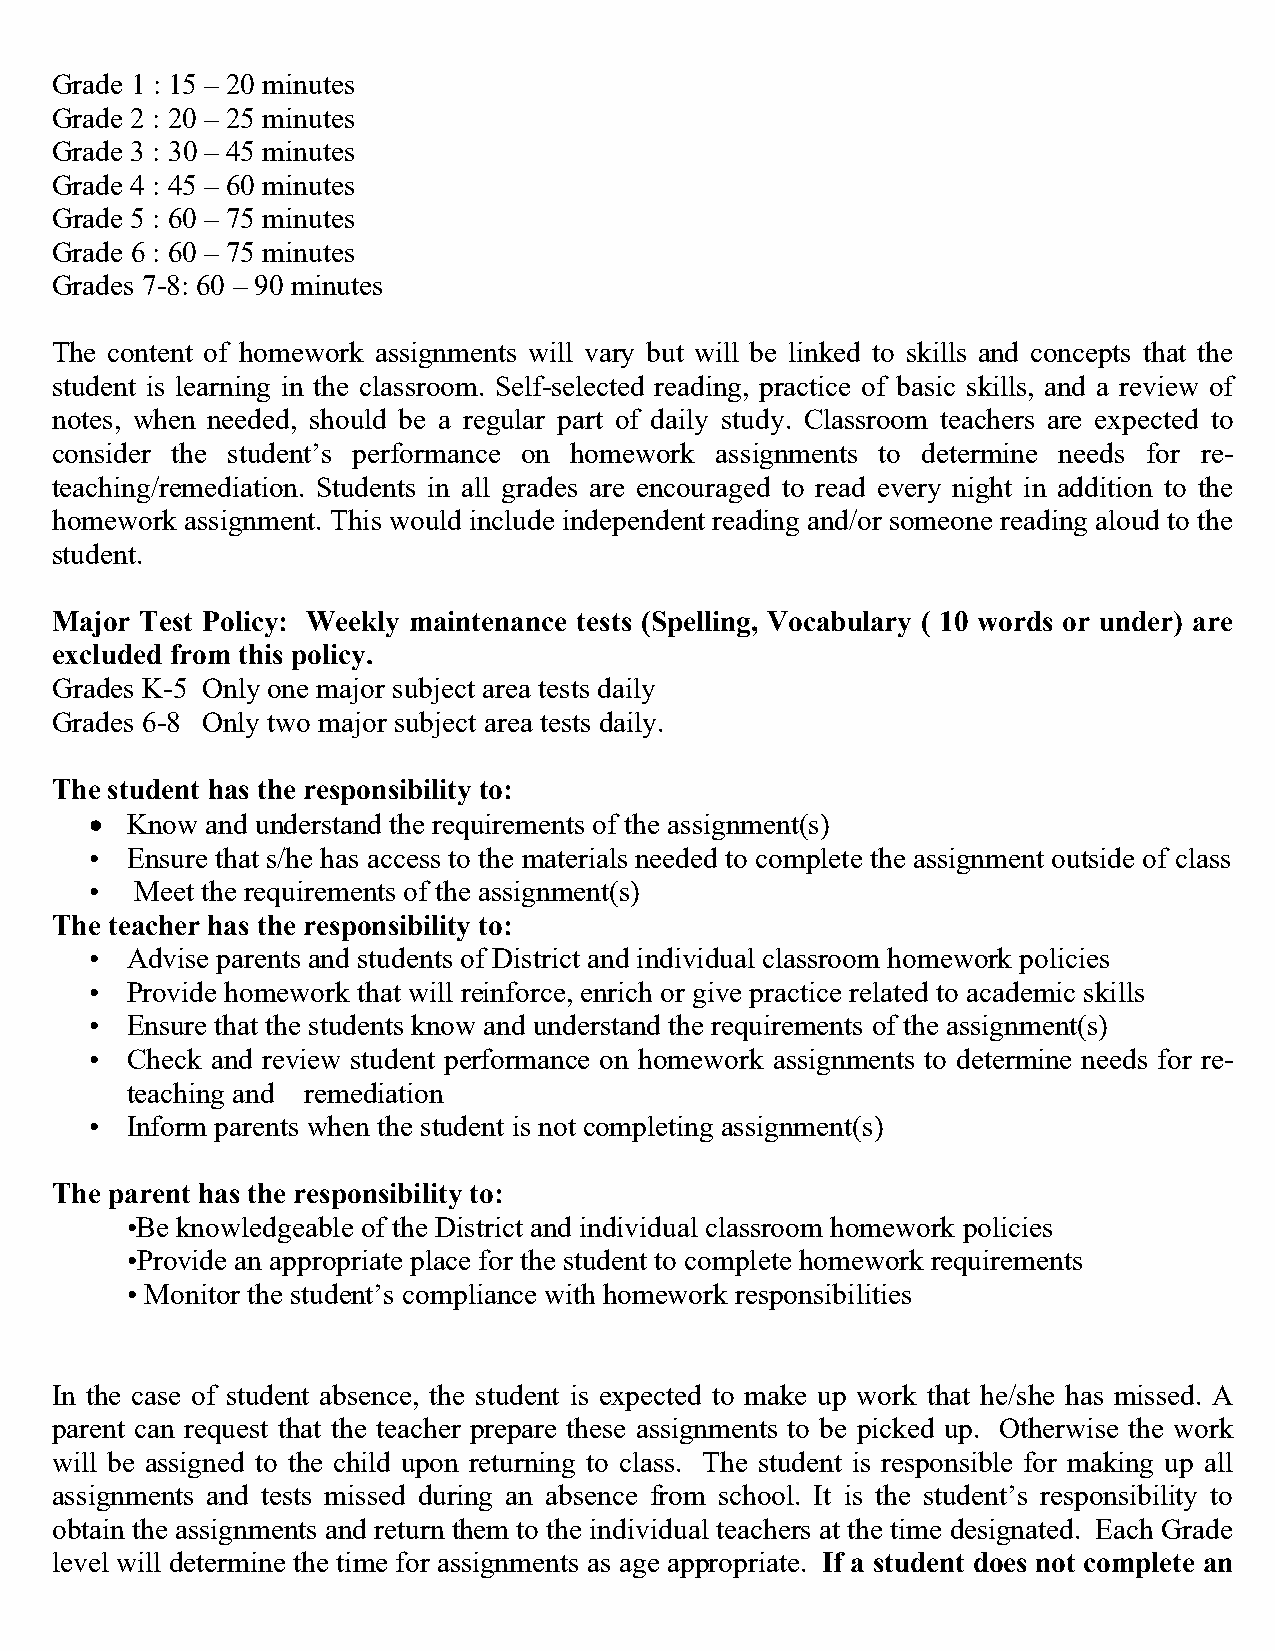
Grade 1 : 15 – 20 minutes
 Grade 2 : 20 – 25 minutes
 Grade 3 : 30 – 45 minutes
 Grade 4 : 45 – 60 minutes
 Grade 5 : 60 – 75 minutes
 Grade 6 : 60 – 75 minutes
 Grades 7-8: 60 – 90 minutes
 The content of homework assignments will vary but will be linked to skills and concepts that the
 student is learning in the classroom. Self-selected reading, practice of basic skills, and a review of
 notes, when needed, should be a regular part of daily study. Classroom teachers are expected to
 consider the student’s performance on homework assignments to determine needs for re-
 teaching/remediation. Students in all grades are encouraged to read every night in addition to the
 homework assignment. This would include independent reading and/or someone reading aloud to the
 student.
 Major Test Policy: Weekly maintenance tests (Spelling, Vocabulary ( 10 words or under) are
 excluded from this policy.
 Grades K-5 Only one major subject area tests daily
 Grades 6-8 Only two major subject area tests daily.
 The student has the responsibility to:
 • Know  and understand the requirements of the assignment(s)
 • Ensure that s/he has access to the materials needed to complete the assignment outside of class
 •  Meet the requirements of the assignment(s)
 The teacher has the responsibility to:
 • Advise parents and students of District and individual classroom homework policies
 • Provide homework that will reinforce, enrich or give practice related to academic skills
 • Ensure that the students know and understand the requirements of the assignment(s)
 • Check and review student performance on homework assignments to determine needs for re-
 teaching and remediation
 • Inform parents when the student is not completing assignment(s)
 The parent has the responsibility to:
 •Be knowledgeable of the District and individual classroom homework policies
 •Provide an appropriate place for the student to complete homework requirements
 • Monitor the student’s compliance with homework responsibilities
 In the case of student absence, the student is expected to make up work that he/she has missed. A
 parent can request that the teacher prepare these assignments to be picked up. Otherwise the work
 will be assigned to the child upon returning to class. The student is responsible for making up all
 assignments and tests missed during an absence from school. It is the student’s responsibility to
 obtain the assignments and return them to the individual teachers at the time designated. Each Grade
 level will determine the time for assignments as age appropriate. If a student does not complete an